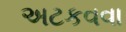
અટકવવા